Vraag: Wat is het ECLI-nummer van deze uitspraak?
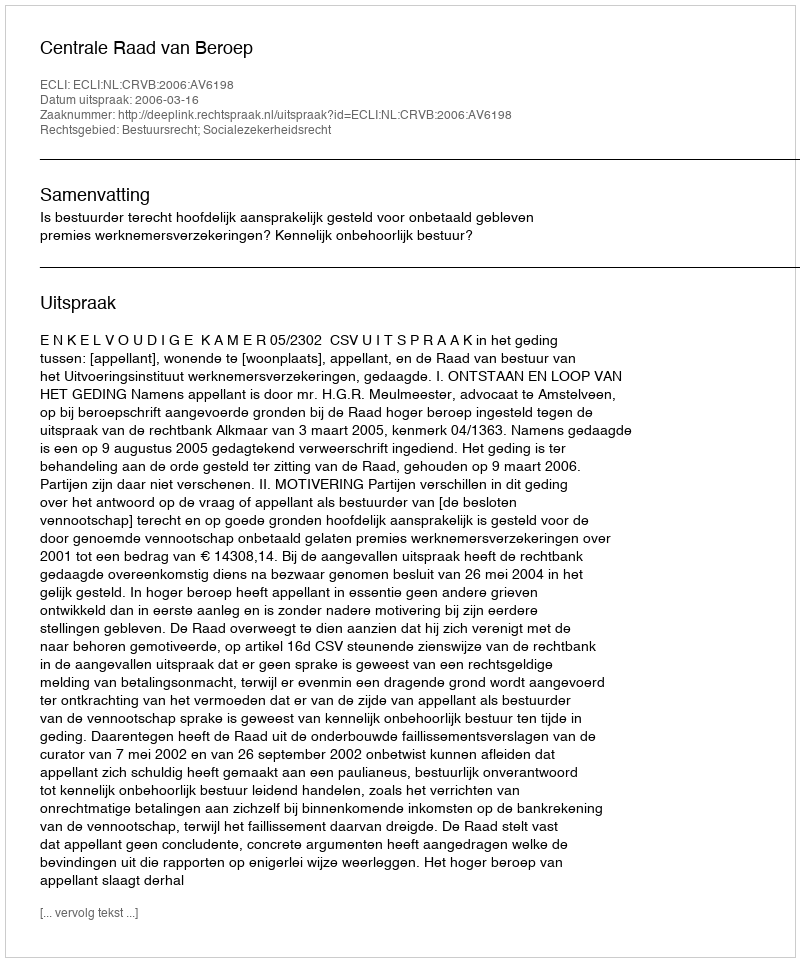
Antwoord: ECLI:NL:CRVB:2006:AV6198